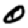
Digit: 0